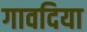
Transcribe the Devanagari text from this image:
गावदिया